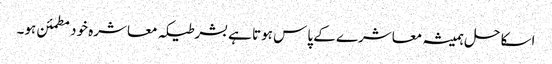
اسکا حل ہمیشہ معاشرے کے پاس ہوتا ہے بشرطیکہ معاشرہ خود مطمئن ہو۔